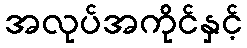
အလုပ်အကိုင်နှင့်